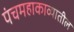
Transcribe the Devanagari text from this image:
पंचमहाकाव्यातील